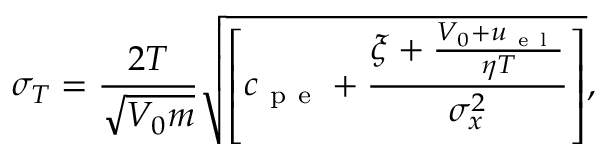
\sigma _ { T } = \frac { 2 T } { \sqrt { V _ { 0 } m } } \sqrt { \left[ c _ { \mathrm { ~ p ~ e ~ } } + \frac { \xi + \frac { V _ { 0 } + u _ { \mathrm { ~ e ~ l ~ } } } { \eta T } } { \sigma _ { x } ^ { 2 } } \right] } ,